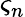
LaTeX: \varsigma_{n}